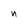
Character: n